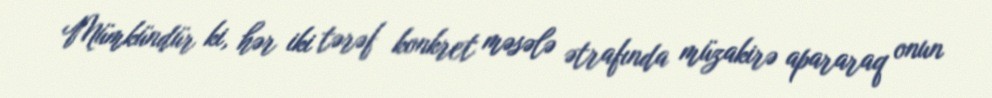
Mümkündür ki, hər iki tərəf konkret məsələ ətrafında müzakirə apararaq onun